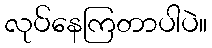
လုပ်နေကြတာပါပဲ။